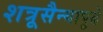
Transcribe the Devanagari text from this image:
शत्रूसैन्यापुढे